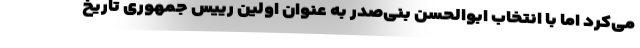
می‌کرد اما با انتخاب ابوالحسن بنی‌صدر به عنوان اولین رییس جمهوری تاریخ